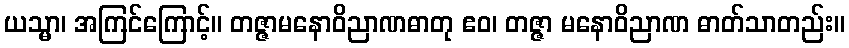
ယသ္မာ၊ အကြင်ကြောင့်။ တဇ္ဇာမနောဝိညာဏဓာတု ဧဝ၊ တဇ္ဇာ မနောဝိညာဏ ဓာတ်သာတည်း။